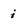
Character: i